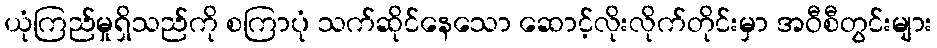
ယုံကြည်မှုရှိသည်ကို စကြာပုံ သက်ဆိုင်နေသော ဆောင့်လိုးလိုက်တိုင်းမှာ အဝီစီတွင်းများ